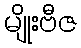
မျိုးဗီဇ